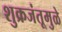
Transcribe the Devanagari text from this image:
शुक्रजंतूमुळे